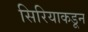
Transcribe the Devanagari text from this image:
सिरियाकडून